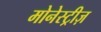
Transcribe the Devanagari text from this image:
मोनेस्ट्रीज़